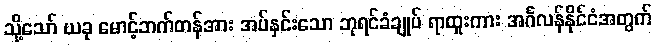
သို့သော် ယခု မောင့်ဘက်တန်အား အပ်နှင်းသော ဘုရင်ခံချုပ် ရာထူးကား အင်္ဂလန်နိုင်ငံအတွက်